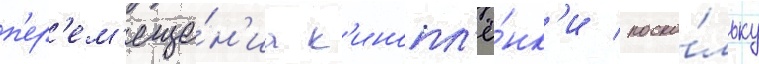
п'ер'ем'еще́н'иа к'инопл'ё́нк'и / поско́льку